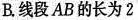
B.线段AB的长为2